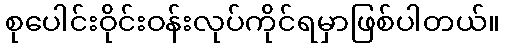
စုပေါင်းဝိုင်းဝန်းလုပ်ကိုင်ရမှာဖြစ်ပါတယ်။